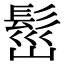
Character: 𩬷